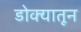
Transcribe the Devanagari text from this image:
डोक्‍यातून